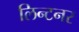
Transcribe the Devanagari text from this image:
लिन्टनर